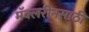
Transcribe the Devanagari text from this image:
मॅक्लरीनसाठी